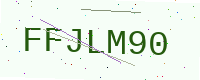
Text: FFJLM90